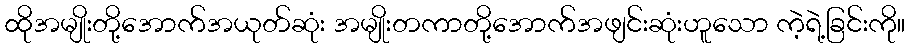
ထိုအမျိုးတို့အောက်အယုတ်ဆုံး အမျိုးတကာတို့အောက်အဖျင်းဆုံးဟူသော ကဲ့ရဲ့ခြင်းကို။